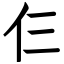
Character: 仨